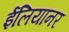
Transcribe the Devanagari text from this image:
ईलियानर